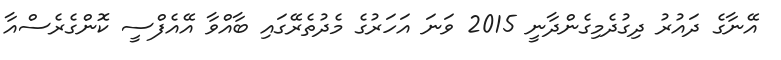
އޭނާގެ ދައުރު ދިގުދެމިގެންދާނީ 2015 ވަނަ އަހަރުގެ މެދުތެރޭގައި ބާއްވާ އޭއެފްސީ ކޮންގެރެސްއާ